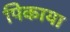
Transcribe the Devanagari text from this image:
पिकाया